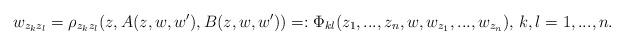
LaTeX: \begin{align*}w_{z_kz_l}=\rho_{z_kz_l}(z,A(z,w,w'),B(z,w,w'))=:\Phi_{kl}(z_1,...,z_n,w,w_{z_1},...,w_{z_n}),\,k,l=1,...,n.\end{align*}